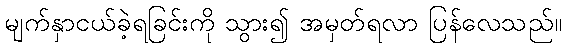
မျက်နှာငယ်ခဲ့ရခြင်းကို သွား၍ အမှတ်ရလာ ပြန်လေသည်။